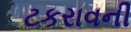
ટકરાવની